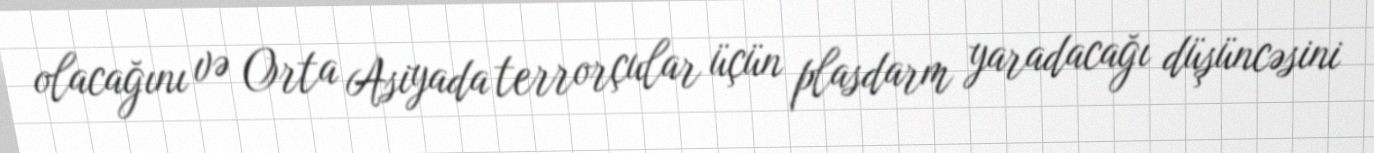
olacağını və Orta Asiyada terrorçular üçün plasdarm yaradacağı düşüncəsini